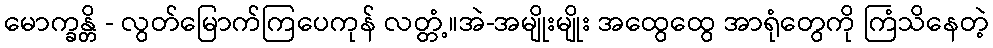
မောက္ခန္တိ - လွတ်မြောက်ကြပေကုန် လတ္တံ့။အဲ-အမျိုးမျိုး အထွေထွေ အာရုံတွေကို ကြံသိနေတဲ့